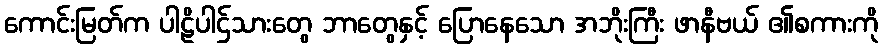
ကောင်းမြတ်က ပါဠိပါဌ်သားတွေ ဘာတွေနှင့် ပြောနေသော အဘိုးကြီး ဖာနီဗယ် ၏စကားကို